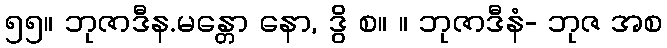
၅၅။ ဘုဇာဒီန.မန္တော နော, ဒွိ စ။ ။ ဘုဇာဒီနံ- ဘုဇ အစ